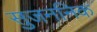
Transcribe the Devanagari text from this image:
सुजननिक